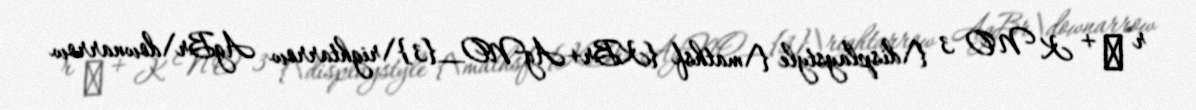
r ↓ + K N O 3 {\displaystyle {\mathsf {KBr+AgNO_{3}\rightarrow AgBr\downarrow